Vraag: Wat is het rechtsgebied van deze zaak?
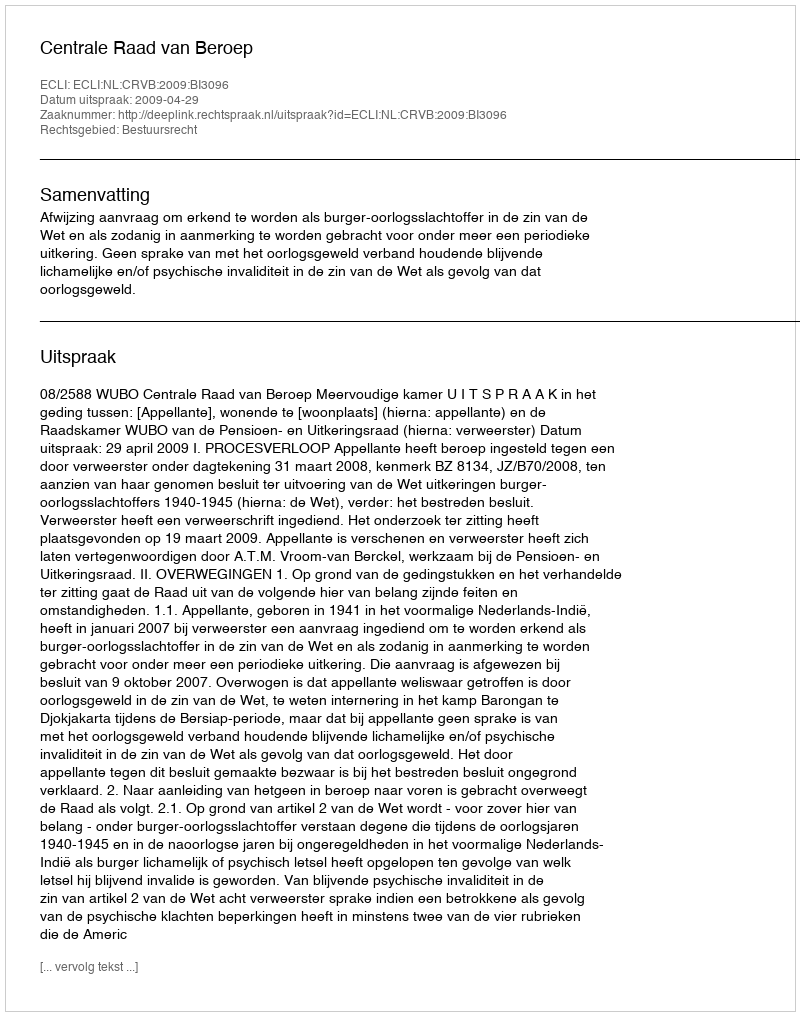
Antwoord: Bestuursrecht